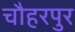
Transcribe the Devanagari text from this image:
चौहरपुर